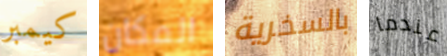
كيمبر المكان بالسخرية عندما